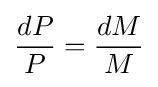
{\frac {dP}{P}}={\frac {dM}{M}}